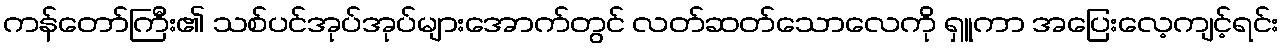
ကန်တော်ကြီး၏ သစ်ပင်အုပ်အုပ်များအောက်တွင် လတ်ဆတ်သောလေကို ရှူကာ အပြေးလေ့ကျင့်ရင်း